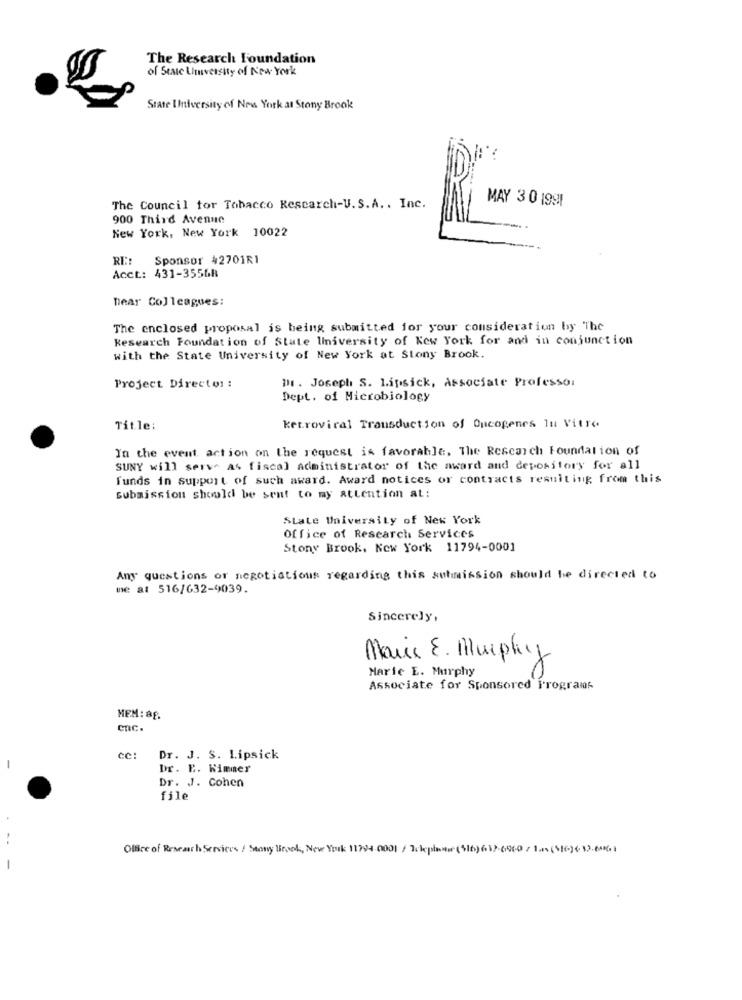
The Research Foundation
of State University of New York
State Ihtiversity of New York at Stony Brook
MAY 3 0 1991
The Council for Tobacco Research-U.S.A .. Inc.
900 Third Avenue
New York, New York 10022
RE: Sponsor 42701R1
Acct: 431-35568
Dear Colleagues:
The enclosed proposal is being submitted for your consideration by The
Research Foundation of State University of Kew York for and in conjunction
with the State University of New York at Stony Brook.
Dr. Joseph S. Lipsick, Associate Professor
Project Director:
Dept. of Microbiology
Title:
ketroviral Transduction of Oncogenes In Vitro
In the event action on the request is favorable, The Research Foundation of
SUNY will serve as fiscal administrator of the award and depository for all
funds in support of such award. Award notices or contracts resulting from this
submission should be sent to my attention at:
State University of New York
Office of Research Services
Stony Brook, New York 11794-0001
Any questions or negotiations regarding this submission should be directed to
me at 516/632-9039.
Sincerely,
Mais E. Murphy
Marie E. Murphy
Associate for Sponsored Programs
MEM: 88.
CAC.
ce:
Dr. J. S. Lipsick
Dr. E. Wimmer
Dr. J. Cohen
file
Ofice of Research Services / Sony Bienok, New York 11794-0001 / Tckplanter ($16) 637-606-0 / 100 (516-36 3)-6961
-